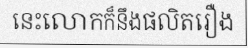
នេះលោកក៏នឹងផលិតរឿង